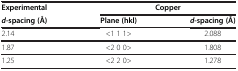
| Experimental | <COLSPAN=2> Copper |
 | d-spacing (Å) | Plane (hkl) | d-spacing (Å) |
 | --- | --- | --- |
 | 2.14 | <1 1 1> | 2.088 |
 | 1.87 | <2 0 0> | 1.808 |
 | 1.25 | <2 2 0> | 1.278 |